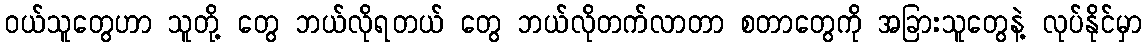
ဝယ်သူတွေဟာ သူတို့ တွေ ဘယ်လိုရတယ် တွေ ဘယ်လိုတက်လာတာ စတာတွေကို အခြားသူတွေနဲ့ လုပ်နိုင်မှာ